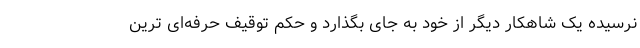
نرسیده یک شاهکار دیگر از خود به جای بگذارد و حکم توقیف حرفه‌ای ترین